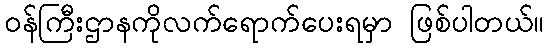
ဝန်ကြီးဌာနကိုလက်ရောက်ပေးရမှာ ဖြစ်ပါတယ်။